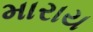
મારાય